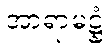
အာရာမဋ္ဌံ